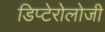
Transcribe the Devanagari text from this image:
डिप्टेरोलोजी